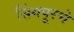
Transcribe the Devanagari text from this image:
सिंगपूरचे